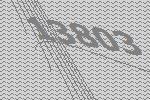
13803